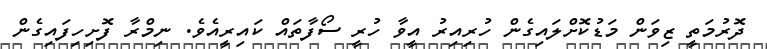
ދޮރުމަތީ ޒިވަން މަޑުކޮށްލައިގެން ހުރިއިރު އީވާ ހުރީ ސޯފާތައް ކައިރީއެވެ. ނިމްރާ ފޮށިހިފައިގެން